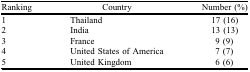
| Ranking | Country | Number (%) |
 | --- | --- | --- |
 | 1 | Thailand | 17 (16) |
 | 2 | India | 13 (13) |
 | 3 | France | 9 (9) |
 | 4 | United States of America | 7 (7) |
 | 5 | United Kingdom | 6 (6) |